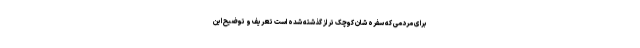
برای مردمی که سفره شان کوچک تر از گذشته شده است تعریف و توضیح این